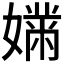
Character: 𫱱